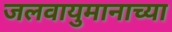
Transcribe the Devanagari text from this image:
जलवायुमानाच्या